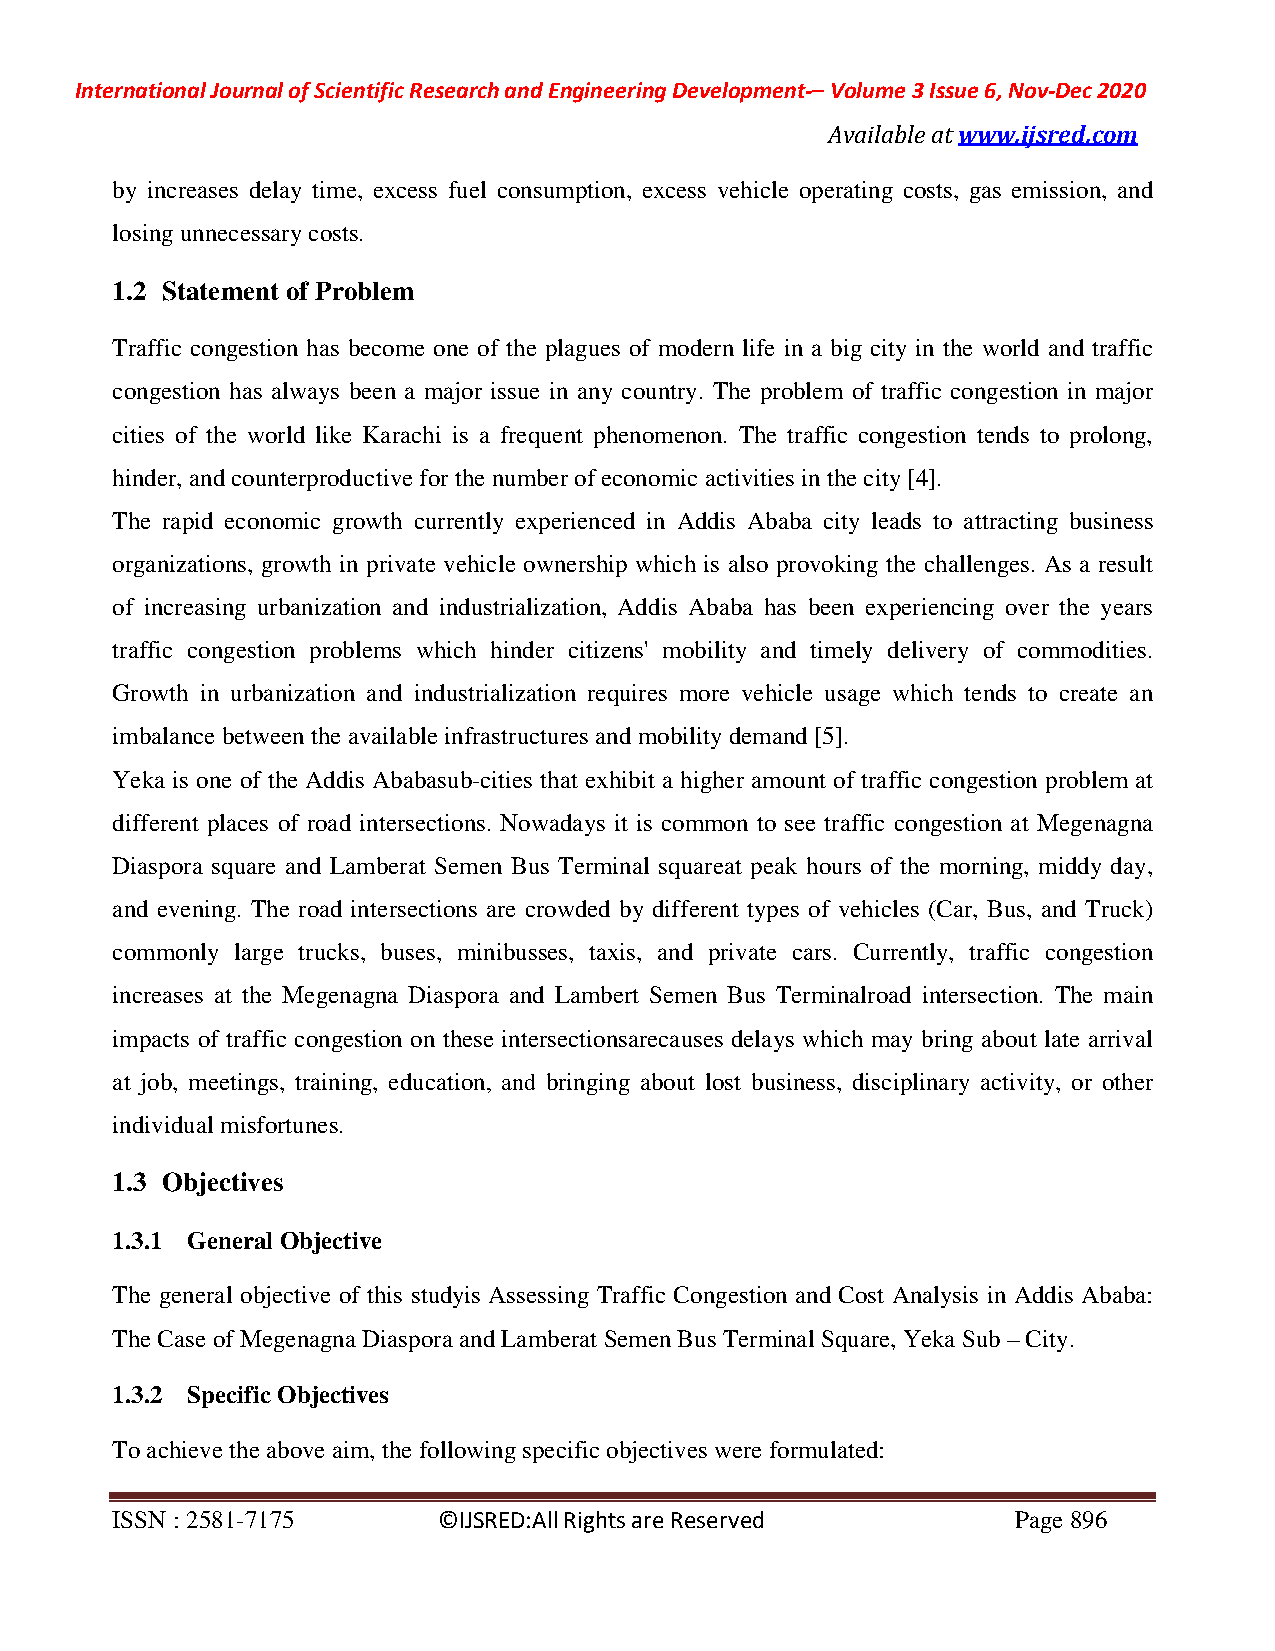
International Journal of Scientific Research and Engineering Development-– Volume 3 Issue 6, Nov-Dec 2020
 Available at www.ijsred.com
 by increases delay time, excess fuel consumption, excess vehicle operating costs, gas emission, and
 losing unnecessary costs.
 1.2 Statement of Problem
 Traffic congestion has become one of the plagues of modern life in a big city in the world and traffic
 congestion has always been a major issue in any country. The problem of traffic congestion in major
 cities of the world like Karachi is a frequent phenomenon. The traffic congestion tends to prolong,
 hinder, and counterproductive for the number of economic activities in the city [4].
 The rapid economic growth currently experienced in Addis Ababa city leads to attracting business
 organizations, growth in private vehicle ownership which is also provoking the challenges. As a result
 of increasing urbanization and industrialization, Addis Ababa has been experiencing over the years
 traffic congestion problems which hinder citizens' mobility and timely delivery of commodities.
 Growth in urbanization and industrialization requires more vehicle usage which tends to create an
 imbalance between the available infrastructures and mobility demand [5].
 Yeka is one of the Addis Ababasub-cities that exhibit a higher amount of traffic congestion problem at
 different places of road intersections. Nowadays it is common to see traffic congestion at Megenagna
 Diaspora square and Lamberat Semen Bus Terminal squareat peak hours of the morning, middy day,
 and evening. The road intersections are crowded by different types of vehicles (Car, Bus, and Truck)
 commonly large trucks, buses, minibusses, taxis, and private cars. Currently, traffic congestion
 increases at the Megenagna Diaspora and Lambert Semen Bus Terminalroad intersection. The main
 impacts of traffic congestion on these intersectionsarecauses delays which may bring about late arrival
 at job, meetings, training, education, and bringing about lost business, disciplinary activity, or other
 individual misfortunes.
 1.3 Objectives
 1.3.1 General Objective
 The general objective of this studyis Assessing Traffic Congestion and Cost Analysis in Addis Ababa:
 The Case of Megenagna Diaspora and Lamberat Semen Bus Terminal Square, Yeka Sub – City.
 1.3.2 Specific Objectives
 To achieve the above aim, the following specific objectives were formulated:
 ISSN : 2581-7175      ©IJSRED:All Rights are Reserved       Page 896